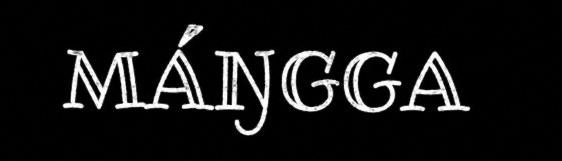
MÁŊGGA